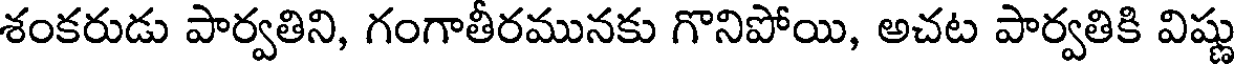
శంకరుడు పార్వతిని, గంగాతీరమునకు గొనిపోయి, అచట పార్వతికి విష్ణు